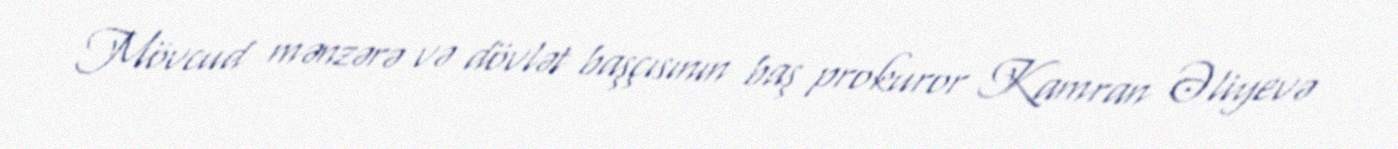
Mövcud mənzərə və dövlət başçısının baş prokuror Kamran Əliyevə